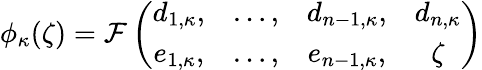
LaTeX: \phi_{\kappa}(\zeta)=\mathcal{F}\left(\begin{array}{cccc}{{d_{1,\kappa},}}&{{\dots,}}&{{d_{n-1,\kappa},}}&{{d_{n,\kappa}}}\\ {{e_{1,\kappa},}}&{{\dots,}}&{{e_{n-1,\kappa},}}&{{\zeta}}\end{array}\right)